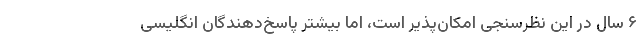
۶ سال در این نظرسنجی امکان‌پذیر است، اما بیشتر پاسخ‌دهندگان انگلیسی